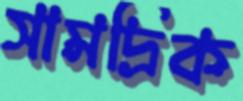
সামদ্রিক